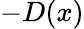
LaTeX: -D(x)